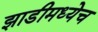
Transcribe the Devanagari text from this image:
झाडीमध्येच